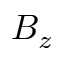
B _ { z }